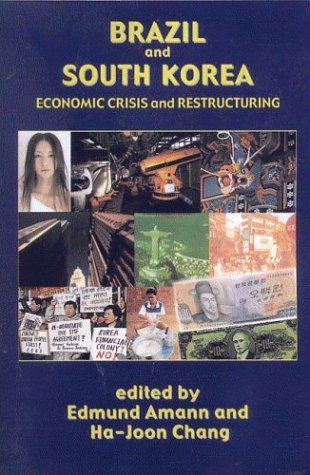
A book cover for Brazil and South Korea: Economic Crisis and Restructuring; Business & Money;